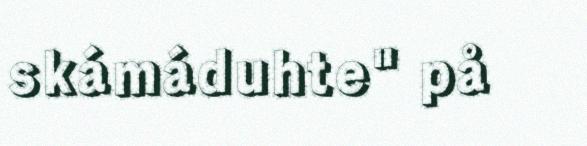
skámáduhte" på